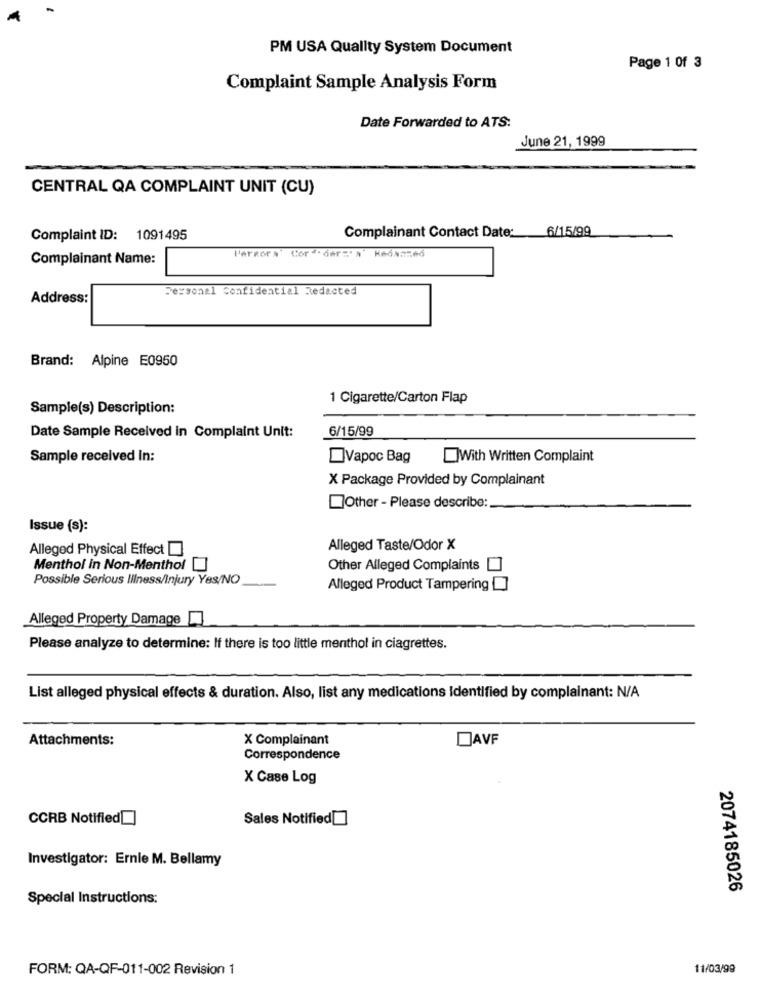
PM USA Quality System Document
Page 1 of 3
Complaint Sample Analysis Form
Date Forwarded to ATS:
June 21, 1999
CENTRAL QA COMPLAINT UNIT (CU)
Complainant Contact Date: 6/15/99
Complaint ID: 1091495
Pergora' Cor -- der :** Kmdaa:46
Complainant Name:
Personal confidential Redacted
Address:
Brand: Alpine E0950
1 Cigarette/Carton Flap
Sample(s) Description:
6/15/99
Date Sample Received in Complaint Unit:
Sample received In:
Vapoc Bag
With Written Complaint
X Package Provided by Complainant
Other - Please describe:
Issue (s):
Alleged Physical Effect [
Alleged Taste/Odor X
Menthol in Non-Menthol []
Other Alleged Complaints []
Possible Serious Illness/Injury Yes/NO
Alleged Product Tampering []
Alleged Property Damage [
Please analyze to determine: If there is too little menthol in ciagrettes.
List alleged physical effects & duration. Also, list any medications Identified by complainant: N/A
Attachments:
X Complainant
DAVF
Correspondence
X Case Log
CCRB Notified[]
Sales Notified[]
Investigator: Ernie M. Bellamy
2074185026
Special Instructions:
FORM: QA-QF-011-002 Revision 1
11/03/99